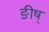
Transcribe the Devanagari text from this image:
ङीष्